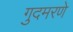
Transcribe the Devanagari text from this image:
गुदमरणे